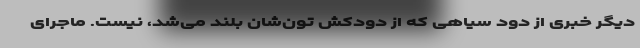
دیگر خبری از دود سیاهی که از دودکش تون‌شان بلند می‌شد، نیست. ماجرای